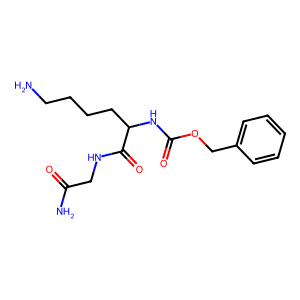
SMILES: NCCCCC(NC(=O)OCc1ccccc1)C(=O)NCC(N)=O
Inhibits HIV replication: No